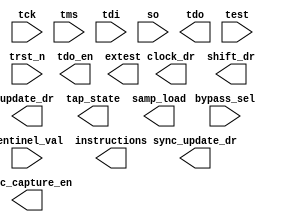
////////////////////////////////////////////////////////////////////////////////
//
//       This confidential and proprietary software may be used only
//     as authorized by a licensing agreement from Synopsys Inc.
//     In the event of publication, the following notice is applicable:
//
//                    (C) COPYRIGHT 1998 - 2016 SYNOPSYS INC.
//                           ALL RIGHTS RESERVED
//
//       The entire notice above must be reproduced on all authorized
//     copies.
//
//
// VERSION:   Simulation Architecture
//
// DesignWare_version: e769a02a
// DesignWare_release: K-2015.06-DWBB_201506.5.2
//
////////////////////////////////////////////////////////////////////////////////
//-----------------------------------------------------------------------------------
//
// ABSTRACT:  TAP Controller
//
//
//    Parameters:       Valid Values
//    ==========        ============
//    width             [2 to 32]
//    id                [0 = not present,
//                        1 = present] 
//    version           [0 to 15]
//    part              [0 to 65535] 
//    man_num           [0 to 2047] 
//                      ( not equal to 127 ) 
//          
//    sync_mode         [0 = asynchronous,
//                        1 = synchrounous]    
//
//  Input Ports:    Size        Description
//  ===========     ====        ===========
//  tck              1 bit      Test clock 
//  trst_n           1 bit      Test reset, active low 
//  tms              1 bit      Test mode select 
//  tdi              1 bit      Test data in 
//  so               1 bit      Serial data from boundary scan 
//                                register and data registers 
//  bypass_sel       1 bit      Selects the bypass register 
//                         
//  sentinel_val    width - 1   User-defined status bits        
//                         
//  Output Ports    Size        Description
//  ============    ====        ===========
//  clock_dr         1 bit      Controls the boundary scan register     
//  shift_dr         1 bit      Controls the boundary scan register
//  update_dr        1 bit      Controls the boundary scan register
//  tdo              1 bit      Test data out
//  tdo_en           1 bit      Enable for tdo output buffer
//  tap_state       16 bit      Current state of the TAP 
//                                finite state machine
//  extest           1 bit      EXTEST decoded instruction
//  samp_load        1 bit      SAMPLE/PRELOAD decoded instruction
//  instructions    width       Instruction register output     
//
//
//
// MODIFIED:
//
//   DLL 01/19/16  Re-structured most of the always blocks to be split
//                 into two pieces procedural and sequential.  No mix of
//                 combination logic and flip-flops in the same always block(s)
//                 anymore.  Edits made to be Native-Low-Power compatible.
//                 Addresses STAR#9000999057.
//
//-----------------------------------------------------------------------
//
//  RJK 09/17/15  Eliminated initialized constants for NLP compatibility
			  		
module DW_tap (
    tck, trst_n, tms, tdi, so, bypass_sel, sentinel_val, 
    clock_dr, shift_dr, update_dr, tdo, tdo_en, tap_state, extest, samp_load, 
    instructions, sync_capture_en, sync_update_dr,test );


  parameter width = 2;
  parameter id = 0;
  parameter version = 0;
  parameter part = 0;
  parameter man_num = 0;
  parameter sync_mode = 0;
 
  input  tck;
  input  trst_n;
  input  tms;
  input  tdi;
  input  so;
  input  bypass_sel;
  input  [(width - 2):0] sentinel_val;
 
  output  clock_dr;
  output  shift_dr;
  output  update_dr;
  output  tdo;
  output  tdo_en;
  output  [15:0] tap_state;
  output  extest;
  output  samp_load;
  output  [(width - 1):0] instructions;
  output  sync_capture_en;
  output  sync_update_dr;
  
  input   test;
 
  localparam [4:0] version_vec_cnst = version;
  localparam [16:0] part_vec_cnst = part;
  localparam [11:0] man_num_vec_cnst = man_num;
  localparam [31:0] id_code_vec = {version_vec_cnst[3:0],part_vec_cnst[15:0],
                         man_num_vec_cnst[10:0],1'b1 };

  wire clock_dr;
  reg shift_dr;
  wire update_dr;
  reg tdo;
  wire tdo_en;
  reg [15:0] tap_state;
  wire extest;
  wire samp_load;

  wire clock_ir;
  reg shift_ir;
  wire update_ir;

  wire tck_n;
  reg fsm_rst;
  wire instr_rst;

  wire capture_dr;
  wire capture_en_dr;
  wire data_in_int;
  reg bypass_so;

  wire capture_reg_dr_msb;
  reg [32:0] capture_reg_dr;

  wire capture_reg_ir_msb;
  reg [width:0] capture_reg_ir;
  reg [(width - 1):0] update_reg_ir;
  wire instr_so;

  reg update_reg_ir_temp;
  reg update_reg_ir_temp_n;
  reg update_reg_ir_temp_by;

  wire id_sel;
  wire bypass_int;
  reg tdo_temp;
  wire id_so;

  wire sync_capture_ir;
 
  wire[(width - 1):0] instructions;
  wire sync_capture_en;
  wire sync_update_dr;
 
  // synopsys translate_off

  assign  tck_n  = (~(tck));
  assign  tdo_en = (shift_dr | shift_ir );
  assign  sync_capture_en = (~(shift_dr | (tap_state [3] | tap_state [4])));
  assign  sync_capture_ir = (~(shift_ir | (tap_state [10] | tap_state [11])));
  assign  sync_update_dr = tap_state [8];
  assign  clock_dr = ((tck | (~(tck | (tap_state [3] | tap_state [4])))) 
                           | (~(tap_state [3] | tap_state [4])));
  assign  clock_ir = ((tck | (~(tck | (tap_state [10] | tap_state [11])))) 
                           | (~(tap_state [10] | tap_state [11])));
  assign  update_dr = (tck_n & tap_state [8]);
  assign  update_ir = (tck_n & tap_state [15]);
  assign  instr_rst = test ? ~trst_n : (fsm_rst | (~trst_n ));
  assign  data_in_int = (tdi & shift_dr );
  assign  capture_reg_dr_msb = (tdi);
  assign  id_so  = capture_reg_dr [0];
  assign  capture_reg_ir_msb = (tdi);
  assign  instr_so  = capture_reg_ir [0];
  assign  instructions  = update_reg_ir;
  assign  id_sel  = ( (update_reg_ir [0] & (~update_reg_ir [1])) 
                      & (~update_reg_ir_temp_n) );
  assign  extest = ( ((~update_reg_ir [0]) & (~update_reg_ir [1])) 
                      & (~update_reg_ir_temp_n) );
  assign  bypass_int = ( update_reg_ir [0] & update_reg_ir [1] 
                         & update_reg_ir_temp_by );
  assign  samp_load = ( ((~update_reg_ir [0]) & update_reg_ir [1]) 
                         & (~update_reg_ir_temp) );
  assign #1 capture_en_dr = (
   (sync_mode === 0 ) ? 1'b0 : (
   clock_dr ));


reg [15:0] next_tap_state;
 
  always @(tap_state or tms) begin : STATE_ENC_PROC
    integer i;
    reg [31:0] state_var_tmp;
    reg [31:0] state_var;

    if ((^(tap_state ^ tap_state) !== 1'b0)) begin : CHECK_FOR_XS
      next_tap_state = 16'bxxxx_xxxx_xxxx_xxxx;
    end else begin : NO_XS
      for (i = 15; i >= 0 ;i = i-1) begin 
        if (tap_state [i] === 1'b1)
          state_var_tmp = i;
      end
  
      if (tms === 1'b0) begin
        case (state_var_tmp)
          0 : state_var = 1;
          2 : state_var = 3;
          3 : state_var = 4;
          5 : state_var = 6;
          7 : state_var = 4;
          8 : state_var = 1;
          9 : state_var = 10;
          10 : state_var = 11;
          12 : state_var = 13;
          14 : state_var = 11;
          15 : state_var = 1;
          default: state_var = state_var_tmp;
        endcase
      end else begin 
        case (state_var_tmp)
          1 : state_var = 2;
          2 : state_var = 9;
          3 : state_var = 5;
          4 : state_var = 5;
          5 : state_var = 8;
          6 : state_var = 7;
          7 : state_var = 8;
          8 : state_var = 2;
          9 : state_var = 0;
          10 : state_var = 12;
          11 : state_var = 12;
          12 : state_var = 15;
          13 : state_var = 14;
          14 : state_var = 15;
          15 : state_var = 2;
          default: state_var = state_var_tmp;
        endcase
      end 
      for (i = 15; i >= 0; i = i-1) begin
        if (state_var == i) next_tap_state[i] = 1'b1;
        else next_tap_state[i] = 1'b0;
      end
    end
  end

  always @ (posedge tck or negedge trst_n) begin : TCK_REGS_PROC
      integer i;

      if (trst_n === 1'b0) begin 
          tap_state  <=  1;
      end else begin
          tap_state <= next_tap_state;
      end
  end

reg nxt_fsm_rst;
reg nxt_shift_dr;
reg nxt_shift_ir;

  always @(tap_state) begin : NXT_FSM_RST_SHIFTS_PROC
    integer i;
    reg [31:0] state_decode;

    if ((^(tap_state ^ tap_state) !== 1'b0)) begin
      nxt_fsm_rst = 1'bx;
      nxt_shift_dr = 1'bx;
      nxt_shift_ir = 1'bx;
    end else begin
      for (i = 15; i >= 0 ; i = i-1) begin 
        if (tap_state [i] === 1'b1) state_decode  = i;
      end
      
      case (state_decode)
        0 : begin
              nxt_fsm_rst = 1'b1;
              nxt_shift_dr = 1'b0;
              nxt_shift_ir = 1'b0;
              end
        4 : begin
              nxt_fsm_rst = 1'b0;
              nxt_shift_dr = 1'b1;
              nxt_shift_ir = 1'b0;
              end
        11 : begin
              nxt_fsm_rst = 1'b0;
              nxt_shift_dr = 1'b0;
              nxt_shift_ir = 1'b1;
              end
        default: begin
              nxt_fsm_rst = 1'b0;
              nxt_shift_dr = 1'b0;
              nxt_shift_ir = 1'b0;
              end
      endcase
    end
  end
 
  always @ (posedge tck_n or negedge trst_n) begin : TCK_N_REGS_PROC
      integer i;

      if (trst_n === 1'b0) begin 
        fsm_rst <= 1;
        shift_dr <= 0;
        shift_ir <= 0;
      end else begin
        fsm_rst <= nxt_fsm_rst;
        shift_dr <= nxt_shift_dr;
        shift_ir <= nxt_shift_ir;
      end
  end

 
  always @ (capture_reg_dr_msb) begin 
    capture_reg_dr[32] = capture_reg_dr_msb;
  end
 
  always @ (capture_reg_ir_msb) begin 
    capture_reg_ir [width] = capture_reg_ir_msb;
  end

  assign capture_dr = tap_state [3];

wire update_en_ir;
  assign update_en_ir = (sync_mode == 0) ? 1'b1 : (tap_state [15] & tck_n);
  
reg[(width  -  1 ): 0] data_in_ir;
  always @(sentinel_val) begin : DATA_IN_IR_PROC
    integer i;
    for (i = (width-1); i >= 0 ; i = i-1) begin 
      if ( i > 1 ) begin 
        data_in_ir[i] = sentinel_val[(i-2)];
      end else begin
        data_in_ir[1] = 1'b0;
        data_in_ir[0] = 1'b1;
      end
    end
  end

generate
  if (sync_mode == 0) begin : GEN_REGS_SM_EQ_0
    integer i;
    always @(posedge clock_dr) begin : BYP_SO_CAP_DR_SM_EQ_0_PROC
      if (capture_dr === 1'b0) begin 
        bypass_so <= data_in_int;
      end else begin
        if (capture_dr === 1'b1)
          bypass_so <= 1'b0;
      end
      capture_reg_dr [32] <= capture_reg_dr_msb;
      for (i = 31; i >= 0 ; i = i-1) begin
        if (shift_dr == 1'b0) begin
          capture_reg_dr[i] <= id_code_vec[i];
        end else begin
          capture_reg_dr[i] <= capture_reg_dr[(i+1)];
        end
      end
    end
    always @(posedge clock_ir) begin : CAP_REG_IR_SM_EQ_0_PROC0
      for (i = (width-1); i >= 0 ; i = i-1) begin 
        if (shift_ir === 1'b0) begin
          capture_reg_ir[i] <= data_in_ir[i];
        end else begin
          capture_reg_ir[i] <= capture_reg_ir[(i+1)];
        end
      end
    end
    always @(posedge update_ir or posedge instr_rst) begin : UPDATE_IR_REG_SM_EQ_0_PROC
      if (instr_rst == 1) begin
        if (id == 0) update_reg_ir <= {width{1'b1}};
        else update_reg_ir <= {{(width-1){1'b0}},1'b1};
      end else begin
        for (i = (width-1); i >= 0 ; i = i-1) begin
          if (update_en_ir == 1'b1) begin
            update_reg_ir[i] <= capture_reg_ir[i];
          end
        end
      end
    end
  end else begin : GEN_REGS_SM_NE_0
    integer i;
    always @(posedge tck) begin : REGS_SM_NE_0_PROC
      if (capture_dr == 1'b0) begin 
        if (capture_en_dr == 1'b0)
           bypass_so <= data_in_int;
      end else begin
        if (capture_dr == 1'b1)
          bypass_so <= 1'b0;
      end
      capture_reg_dr [32] <= capture_reg_dr_msb;
      for (i = 31; i >= 0 ; i = i-1) begin
        if ( capture_en_dr == 1'b0 ) begin
          if (shift_dr == 1'b0) begin
            capture_reg_dr[i] <= id_code_vec[i];
          end else begin
            capture_reg_dr[i] <= capture_reg_dr[(i+1)];
          end
        end
      end
      for (i = (width-1); i >= 0 ; i = i-1) begin 
        if (sync_capture_ir == 1'b0) begin
          if (shift_ir === 1'b0) begin
            capture_reg_ir[i] <= data_in_ir[i];
          end else begin
            capture_reg_ir[i] <= capture_reg_ir[(i+1)];
          end
        end
      end
    end
    always @(posedge tck_n or posedge instr_rst) begin : UPDATE_IR_REG_SM_NE_0_PROC
      if (instr_rst == 1) begin
        if (id == 0) update_reg_ir <= {width{1'b1}};
        else update_reg_ir <= {{(width-1){1'b0}},1'b1};
      end else begin
        for (i = (width-1); i >= 0 ; i = i-1) begin
          if ( update_en_ir === 1'b1 ) begin
            update_reg_ir[i] <= capture_reg_ir[i];
          end
        end
      end
    end
  end
endgenerate
 
  always @ (bypass_sel or bypass_int or id_so or
            id_sel or so or bypass_so)
    begin : tdo_combo1_proc
      if  ( (bypass_sel === 1'b1) | (bypass_int === 1'b1) )
        begin
          tdo_temp = bypass_so;
        end
      else if ( (id ===  1) & (id_sel === 1'b1) )
        begin
          tdo_temp = id_so;
        end
      else
        begin
          tdo_temp = so;
        end
    end
  always @ (update_reg_ir)
    begin : instr_decode1_proc
      reg update_reg_ir_temp_n_var;
      reg update_reg_ir_temp_var;
      reg update_reg_ir_temp_by_var;
      update_reg_ir_temp_n_var = update_reg_ir [(width - 1)];
      update_reg_ir_temp_var = update_reg_ir [(width - 1)];
      update_reg_ir_temp_by_var = update_reg_ir [(width - 1)];

      if ( width > 2 )
        begin 
          begin : for_651
            integer i;
            for (i = (width-1); i >= 2; i = i-1)
              begin 
                update_reg_ir_temp_var = (update_reg_ir_temp_var 
                    | update_reg_ir [i]);
                update_reg_ir_temp_n_var = (update_reg_ir_temp_n_var 
                    | update_reg_ir [i]);
                update_reg_ir_temp_by_var = (update_reg_ir_temp_by_var
                    & update_reg_ir [i]);
              end
          end
        end
      else
        begin
          update_reg_ir_temp_var = (~update_reg_ir [1]);
        end 

      update_reg_ir_temp_n  = update_reg_ir_temp_n_var;
      update_reg_ir_temp  = update_reg_ir_temp_var;
      update_reg_ir_temp_by = update_reg_ir_temp_by_var;
    end 

  always @(posedge tck_n) begin : TDO_PROC
    if (tap_state [11] == 1'b0) tdo <= tdo_temp;
    else tdo <= instr_so;
  end
 
   // synopsys translate_on
 endmodule